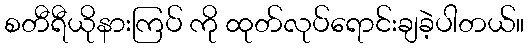
စတီရီယိုနားကြပ် ကို ထုတ်လုပ်ရောင်းချခဲ့ပါတယ်။